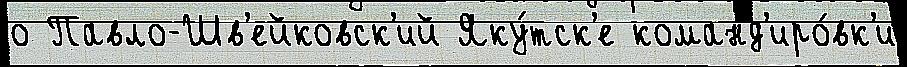
о Павло-Шв'ейковск'ий Яку́тск'е команд'иро́вк'и